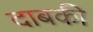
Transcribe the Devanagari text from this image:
दाबकी